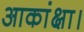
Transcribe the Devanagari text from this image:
आकांक्षा।